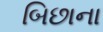
બિછાના